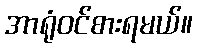
အာရုံဝင်စားရမယ်။